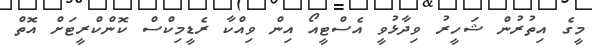
މީގެ އިތުރުން ޝަހީރު ވިދާޅުވީ އެސްޓީއޯ އިން ވިއްކާ ރެޑީމިކްސް ކޮންކްރީޓަށް އޮތް